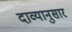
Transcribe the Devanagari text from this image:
दाव्यानुसार